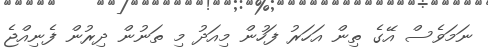
ނަމަވެސް އޭގެ ތިން އަހަރު ފަހުން މިއަދު މި ތަނުން ދިރުން ފެނިއްޖެ